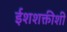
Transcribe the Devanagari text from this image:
ईशशक्तीशी